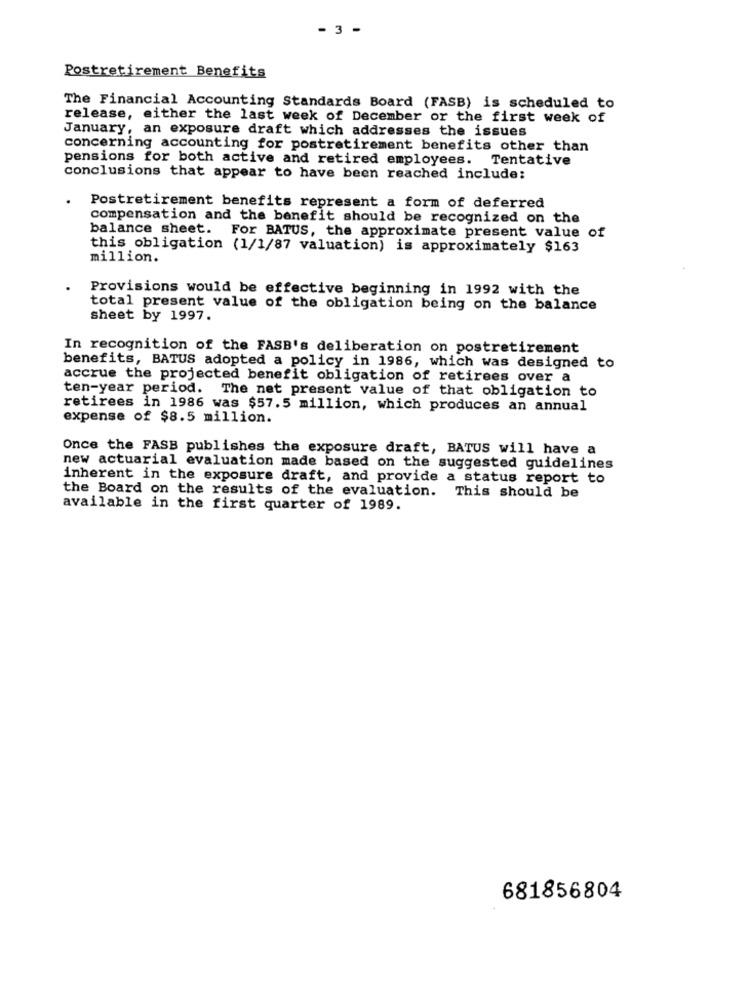
- 3 -
Postretirement Benefits
The Financial Accounting Standards Board (FASB) is scheduled to
release, either the last week of December or the first week of
January, an exposure draft which addresses the issues
concerning accounting for postretirement benefits other than
pensions for both active and retired employees. Tentative
conclusions that appear to have been reached include:
Postretirement benefits represent a form of deferred
compensation and the benefit should be recognized on the
balance sheet. For BATUS, the approximate present value of
this obligation (1/1/87 valuation) is approximately $163
million.
Provisions would be effective beginning in 1992 with the
total present value of the obligation being on the balance
sheet by 1997.
In recognition of the FASB's deliberation on postretirement
benefits, BATUS adopted a policy in 1986, which was designed to
accrue the projected benefit obligation of retirees over a
ten-year period. The net present value of that obligation to
retirees in 1986 was $57.5 million, which produces an annual
expense of $8.5 million.
Once the FASB publishes the exposure draft, BATUS will have a
new actuarial evaluation made based on the suggested guidelines
inherent in the exposure draft, and provide a status report to
the Board on the results of the evaluation. This should be
available in the first quarter of 1989.
681856804